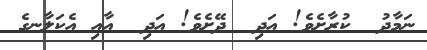
ނަމާދު  ކުރާށެވެ! އަދި  ދޭށެވެ! އަދި  އާއި އެކަލާނގެ